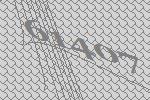
61407